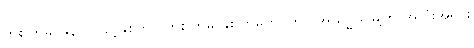
တစ်ကြိမ်၊ ၉၃၀ ပြည့်နှစ်တွင် တစ်ကြိမ် နှစ်ကြိမ်တိုင်တိုင် အယုဒ္ဓယမြို့ကို အလုံးအရင်း